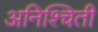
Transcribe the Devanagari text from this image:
अनिश्चिती